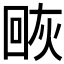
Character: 𰞰